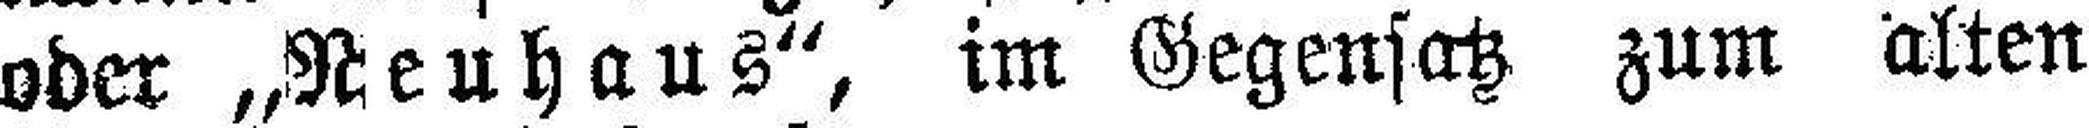
oder „Neuhaus“, im Gegensatz zum alten